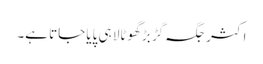
اکثر جگہ گڑ بڑ گھوٹالا ہی پایا جاتا ہے۔